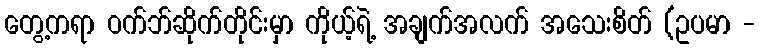
တွေ့ကရာ ဝက်ဘ်ဆိုက်တိုင်းမှာ ကိုယ့်ရဲ့ အချက်အလက် အသေးစိတ် (ဥပမာ -